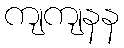
ကျကျနန